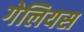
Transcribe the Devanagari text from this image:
गेलियस